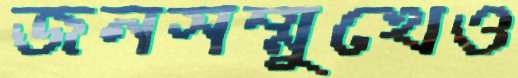
জনসম্মুখেও